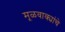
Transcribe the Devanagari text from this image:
मूळवाक्यांचे